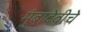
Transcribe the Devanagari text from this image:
मुंबादेवीचे